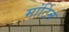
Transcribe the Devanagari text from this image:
मांर्टिन